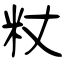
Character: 粀